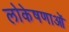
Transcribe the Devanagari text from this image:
लोकेषणाओं